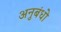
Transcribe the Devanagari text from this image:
अनुबंधो